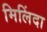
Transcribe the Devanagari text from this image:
मिलिंदा